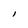
Character: l